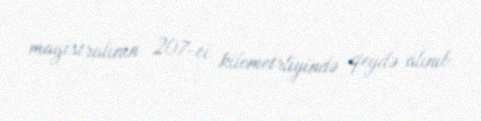
magistralının 207-ci kilometrliyində qeydə alınıb.